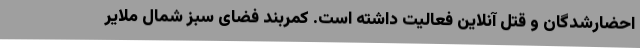
احضارشدگان و قتل آنلاین فعالیت داشته است. کمربند فضای سبز شمال ملایر